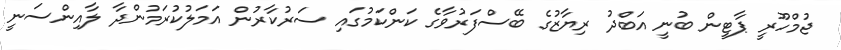
ޖުމްހޫރީ ޕާޓީން ބުނީ އަބްދު ރިޔާޒުގެ ބޭސްފަރުވާގެ ކަންކަމުގައި ސަރުކާރުން އަމަލުކުރަމުންދާ ލާއިންސަނީ